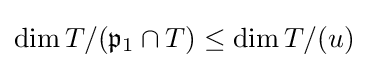
\operatorname {dim} T/({\mathfrak {p}}_{1}\cap T)\leq \operatorname {dim} T/(u)